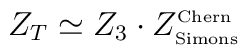
Z_T\simeq Z_3\cdot Z^{\mbox{{\tiny Chern}}}_{\mbox{{\tiny Simons}}}